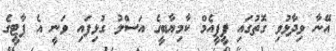
އޭނާ ވިދާޅުވި ގޮތުގައި ޕީޕީއެމް ކާމިޔާބީގެ އަސްލު ގުޅިފައި ވަނީ އެ ޕާޓީގެ